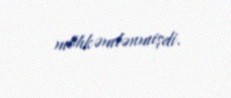
möhkəmlənmişdi.